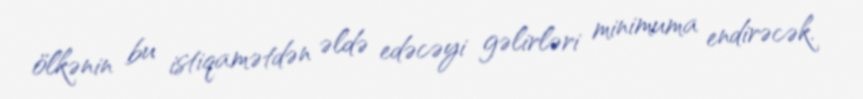
ölkənin bu istiqamətdən əldə edəcəyi gəlirləri minimuma endirəcək.